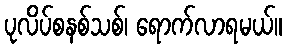
ပုလိပ်စနစ်သစ်၊ ရောက်လာရမယ်။